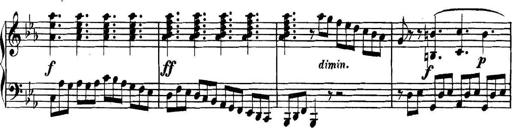
Title: Collected Piano Sonatas
Composer: Muzio Clementi